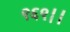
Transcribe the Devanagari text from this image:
९६९।।